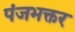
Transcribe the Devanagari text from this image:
पंजभक्तर